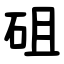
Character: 砠